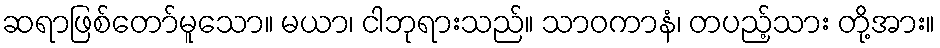
ဆရာဖြစ်တော်မူသော။ မယာ၊ ငါဘုရားသည်။ သာဝကာနံ၊ တပည့်သား တို့အား။